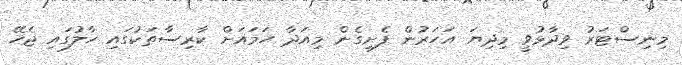
މިނިސްޓަރު ވިދާޅުވީ މިދިޔަ އަހަރުން ފެށިގެން މިއަދާ ހަމައަށް ކާރިސާތަކުގައި ހާލުގައި ޖެހޭ